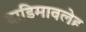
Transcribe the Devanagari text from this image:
दाडिमावलेह